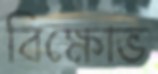
বিক্ষোভ